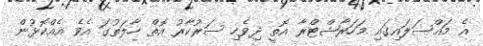
އެ މައްސަލައިގައި މަހަރާޝްޓްރާ އޮތީ ދިވެހި ސަރުކާރު އޮތް ހާލަތުގަ އެވެ އެއްކޮޅުން